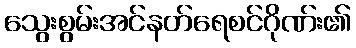
သွေးစွမ်းအင်နတ်ရေစင်ဂိုဏ်း၏